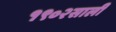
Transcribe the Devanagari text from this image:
१९०२साली